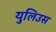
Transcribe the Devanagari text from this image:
युलिउस